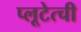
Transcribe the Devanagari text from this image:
प्लूटेत्ची